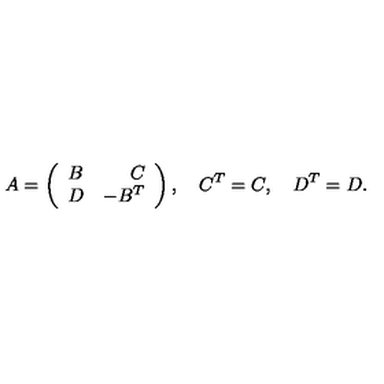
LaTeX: A = \left( \begin{array} { c r c } { B } & { C } \\ { D } & { - B ^ { T } } \\ \end{array} \right) , \quad C ^ { T } = C , \quad D ^ { T } = D .